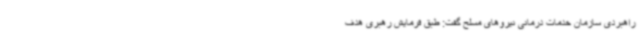
راهبردی سازمان خدمات درمانی نیروهای مسلح گفت: طبق فرمایش رهبری هدف